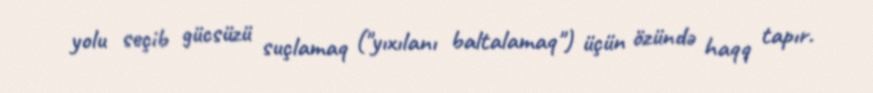
yolu seçib gücsüzü suçlamaq ("yıxılanı baltalamaq") üçün özündə haqq tapır.